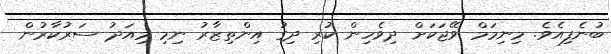
ބުނެފިއެވެ. މިނިމަމް ވޭޖަކަށް ދިވެހިން ކުރި ދިގު އިންތިޒާރު ނިމި މިއަދު ސަރުކާރުން